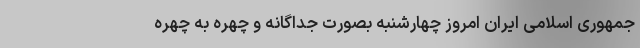
جمهوری اسلامی ایران امروز چهارشنبه‌ بصورت جداگانه و چهره‌ به چهره